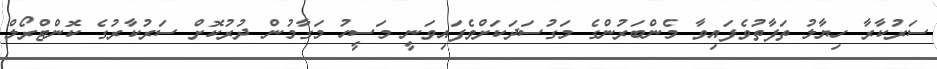
ސަރުކާރާ ހިޔާލު ތަފާތުވެފައިވާ މެންބަރުންގެ މަގުސަދަކަށްވެފައިވަނީ މަސީހު މަގާމުން ދުރުކޮށް ސަރުކާރުގެ ކޮންޓްރޯލް